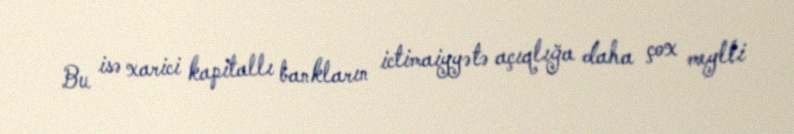
Bu isə xarici kapitallı bankların ictimaiyyətə açıqlığa daha çox meylli